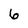
Character: 6